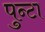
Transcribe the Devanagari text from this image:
पुन्टा